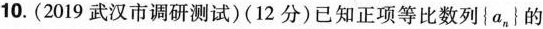
10.(2019武汉市调研测试)(12分)已知正项等比数列\left\{ a_{n}\right\}的